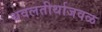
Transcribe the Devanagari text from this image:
धवलतीर्थाजवळ